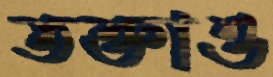
তক্তাও